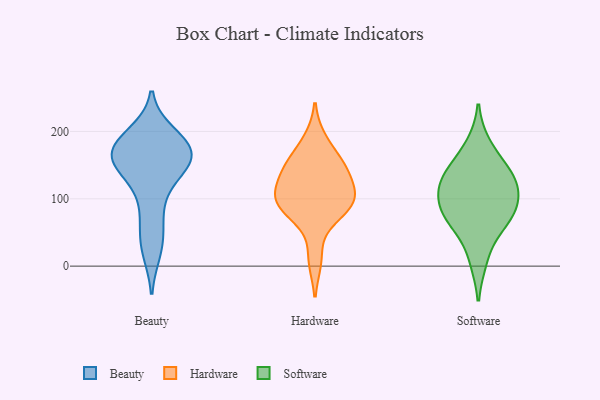
{"axis": {"x": "Budget (USD K)", "y": "Value"}, "legend": ["Beauty", "Hardware", "Software"], "data": [{"x": "", "y": 172, "type": "Beauty"}, {"x": "", "y": 152, "type": "Beauty"}, {"x": "", "y": 170, "type": "Beauty"}, {"x": "", "y": 96, "type": "Beauty"}, {"x": "", "y": 22, "type": "Beauty"}, {"x": "", "y": 151, "type": "Beauty"}, {"x": "", "y": 168, "type": "Beauty"}, {"x": "", "y": 196, "type": "Beauty"}, {"x": "", "y": 53, "type": "Beauty"}, {"x": "", "y": 185, "type": "Beauty"}, {"x": "", "y": 138, "type": "Beauty"}, {"x": "", "y": 84, "type": "Hardware"}, {"x": "", "y": 142, "type": "Hardware"}, {"x": "", "y": 10, "type": "Hardware"}, {"x": "", "y": 187, "type": "Hardware"}, {"x": "", "y": 103, "type": "Hardware"}, {"x": "", "y": 153, "type": "Hardware"}, {"x": "", "y": 104, "type": "Hardware"}, {"x": "", "y": 132, "type": "Hardware"}, {"x": "", "y": 95, "type": "Hardware"}, {"x": "", "y": 75, "type": "Hardware"}, {"x": "", "y": 102, "type": "Hardware"}, {"x": "", "y": 152, "type": "Hardware"}, {"x": "", "y": 143, "type": "Software"}, {"x": "", "y": 179, "type": "Software"}, {"x": "", "y": 75, "type": "Software"}, {"x": "", "y": 103, "type": "Software"}, {"x": "", "y": 128, "type": "Software"}, {"x": "", "y": 137, "type": "Software"}, {"x": "", "y": 10, "type": "Software"}, {"x": "", "y": 117, "type": "Software"}, {"x": "", "y": 70, "type": "Software"}, {"x": "", "y": 63, "type": "Software"}, {"x": "", "y": 92, "type": "Software"}]}